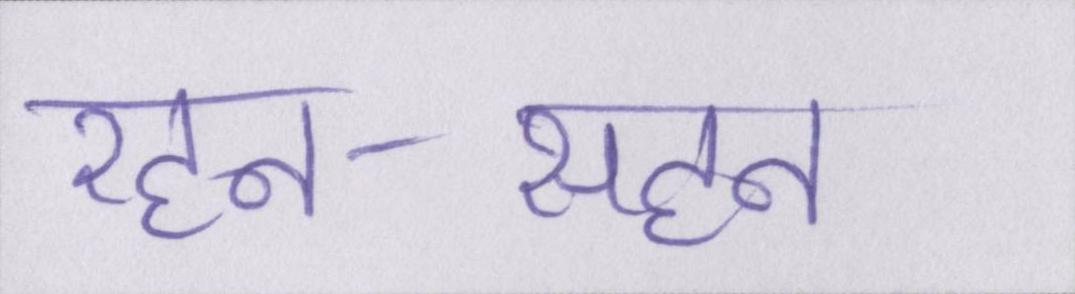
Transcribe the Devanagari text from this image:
रहन-सहन